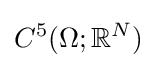
C^{5}(\Omega ;\mathbb {R} ^{N})